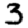
Digit: 3